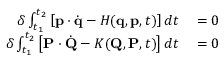
\begin{array} { r l } { \delta \int _ { t _ { 1 } } ^ { t _ { 2 } } \left[ \mathbf { p } \cdot { \dot { \mathbf { q } } } - H ( \mathbf { q } , \mathbf { p } , t ) \right] d t } & { { } = 0 } \\ { \delta \int _ { t _ { 1 } } ^ { t _ { 2 } } \left[ \mathbf { P } \cdot { \dot { \mathbf { Q } } } - K ( \mathbf { Q } , \mathbf { P } , t ) \right] d t } & { { } = 0 } \end{array}